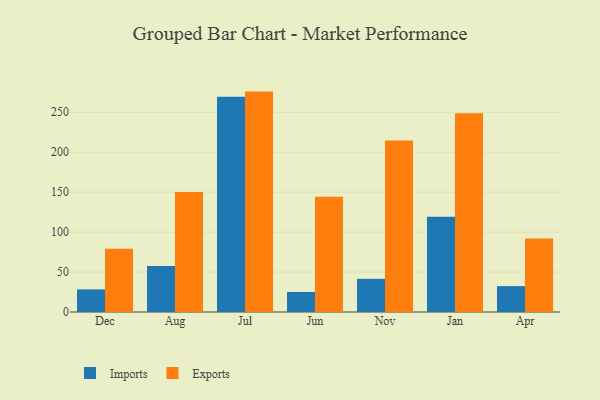
{"axis": {"x": "Month", "y": "Tickets Resolved"}, "legend": ["Exports", "Imports"], "data": [{"x": "Dec", "y": 28.3, "type": "Imports"}, {"x": "Dec", "y": 79.3, "type": "Exports"}, {"x": "Aug", "y": 57.6, "type": "Imports"}, {"x": "Aug", "y": 150.3, "type": "Exports"}, {"x": "Jul", "y": 269.4, "type": "Imports"}, {"x": "Jul", "y": 275.8, "type": "Exports"}, {"x": "Jun", "y": 25.1, "type": "Imports"}, {"x": "Jun", "y": 144.1, "type": "Exports"}, {"x": "Nov", "y": 41.5, "type": "Imports"}, {"x": "Nov", "y": 214.5, "type": "Exports"}, {"x": "Jan", "y": 119.1, "type": "Imports"}, {"x": "Jan", "y": 248.7, "type": "Exports"}, {"x": "Apr", "y": 32.4, "type": "Imports"}, {"x": "Apr", "y": 92.1, "type": "Exports"}]}